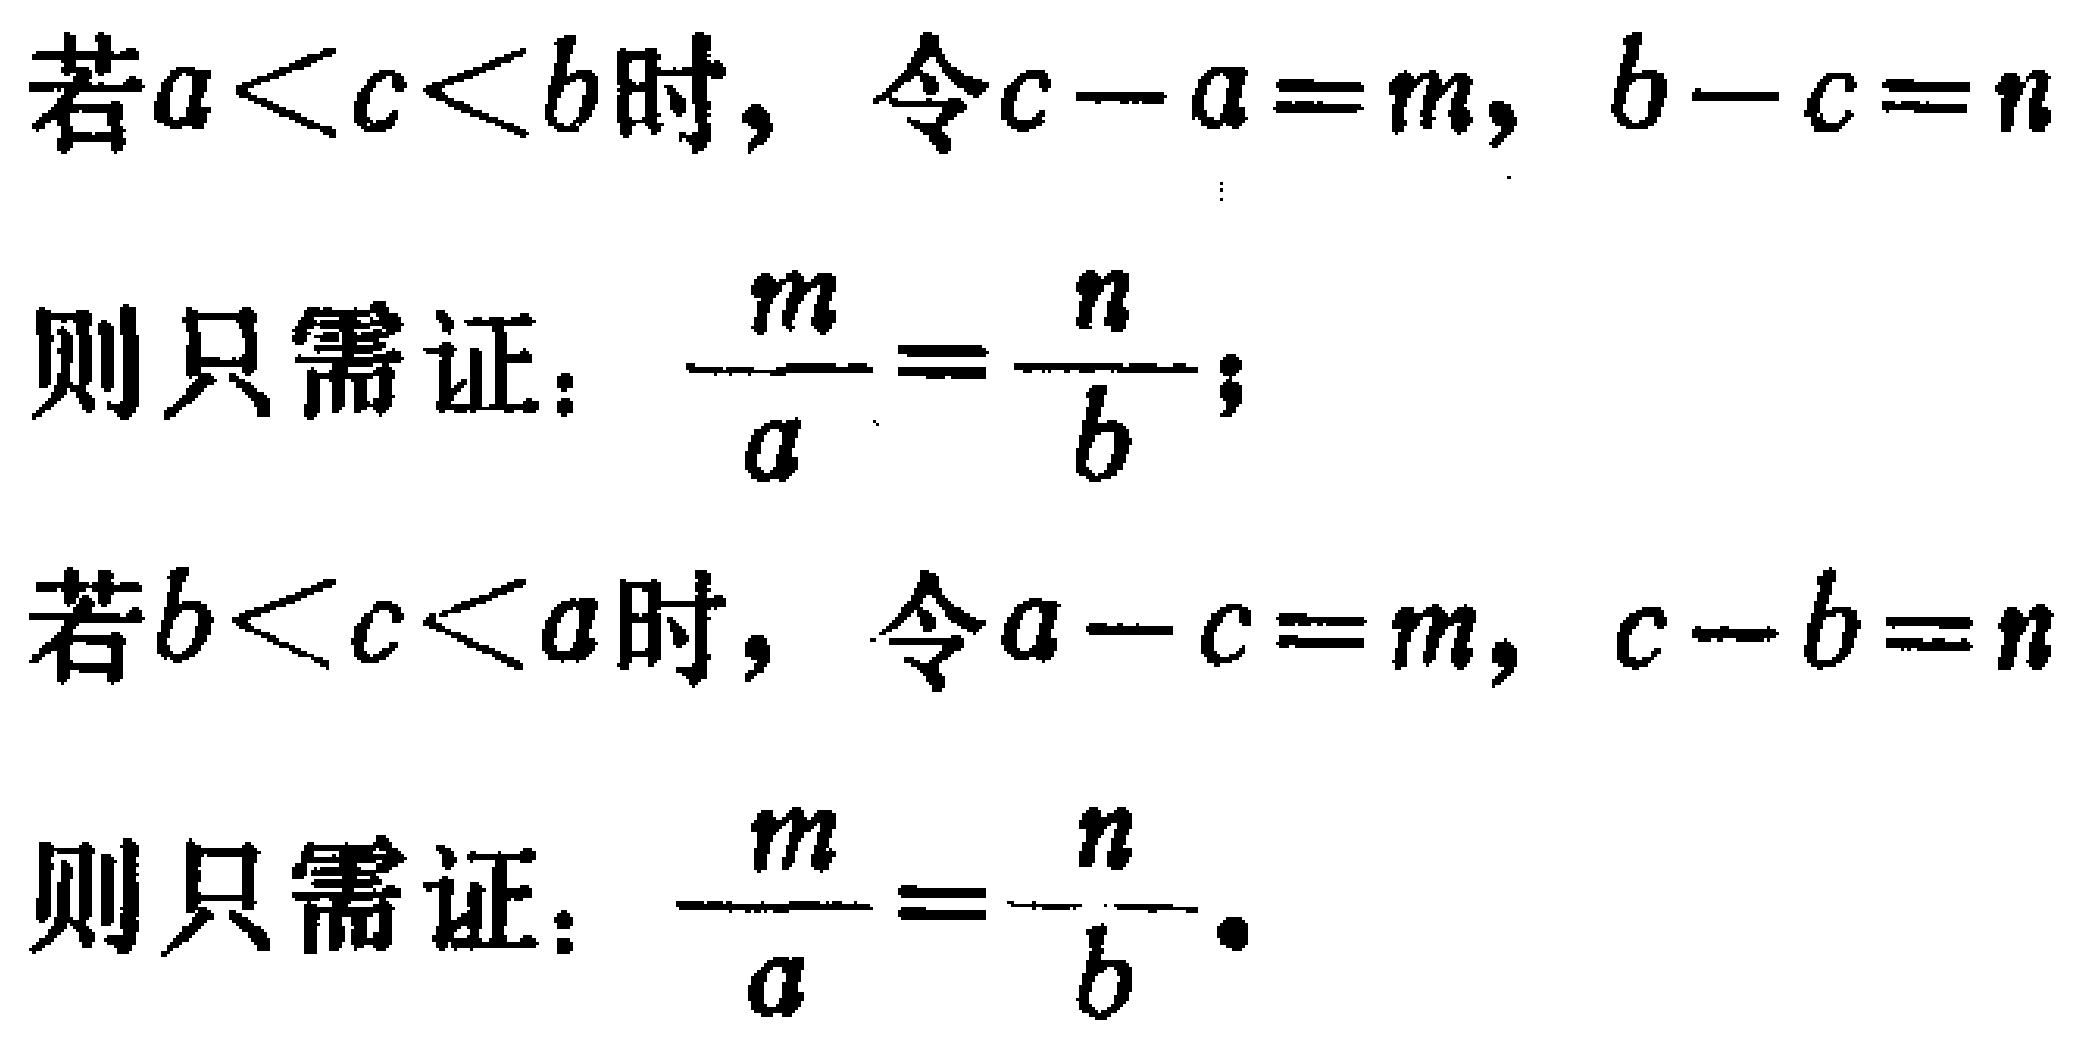
若\(a < c < b\)时，令\(c - a = m\)，\(b - c = n\)
则只需证：\(\frac{m}{a}=\frac{n}{b}\)；
若\(b < c < a\)时，令\(a - c = m\)，\(c - b = n\)
则只需证：\(\frac{m}{a}=\frac{n}{b}\)。